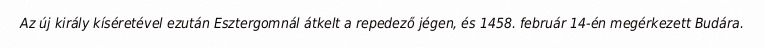
Az új király kíséretével ezután Esztergomnál átkelt a repedező jégen, és 1458. február 14-én megérkezett Budára.